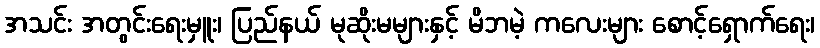
အသင်း အတွင်းရေးမှူး၊ ပြည်နယ် မုဆိုးမများနှင့် မိဘမဲ့ ကလေးများ စောင့်ရှောက်ရေး၊